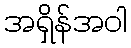
အရှိန်အဝါ